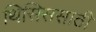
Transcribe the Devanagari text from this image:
थिसिससाठी